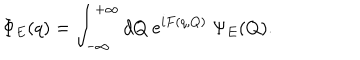
\Phi _ { E } ( q ) = \int _ { - \infty } ^ { + \infty } d Q ~ e ^ { i F ( q , Q ) } ~ \Psi _ { E } ( Q ) .